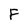
Character: F